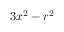
3 x ^ { 2 } - r ^ { 2 }